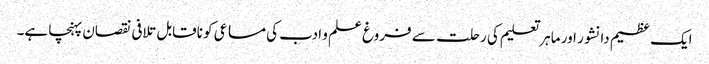
ایک عظیم دانشور اور ماہر تعلیم کی رحلت سے فروغ علم و ادب کی مساعی کو ناقابل تلافی نقصان پہنچا ہے۔